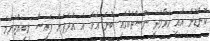
ކޮންޑޮން އާއި ހަވާލާދީ ނޫސްތަކުގައި ބުނެ އެވެ. އެ އަދަދަށް ފައިސާ ލިބިއްޖެނަމަ